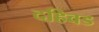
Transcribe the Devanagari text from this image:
दहिवड